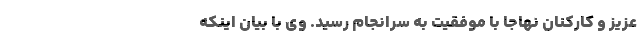
عزیز و کارکنان نهاجا با موفقیت به سرانجام رسید. وی با بیان اینکه